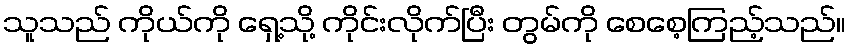
သူသည် ကိုယ်ကို ရှေ့သို့ ကိုင်းလိုက်ပြီး တွမ်ကို စေစေ့ကြည့်သည်။